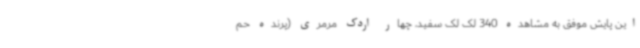
این پایش موفق به مشاهده 340 لک لک سفید، چهار اردک مرمری (پرنده حم